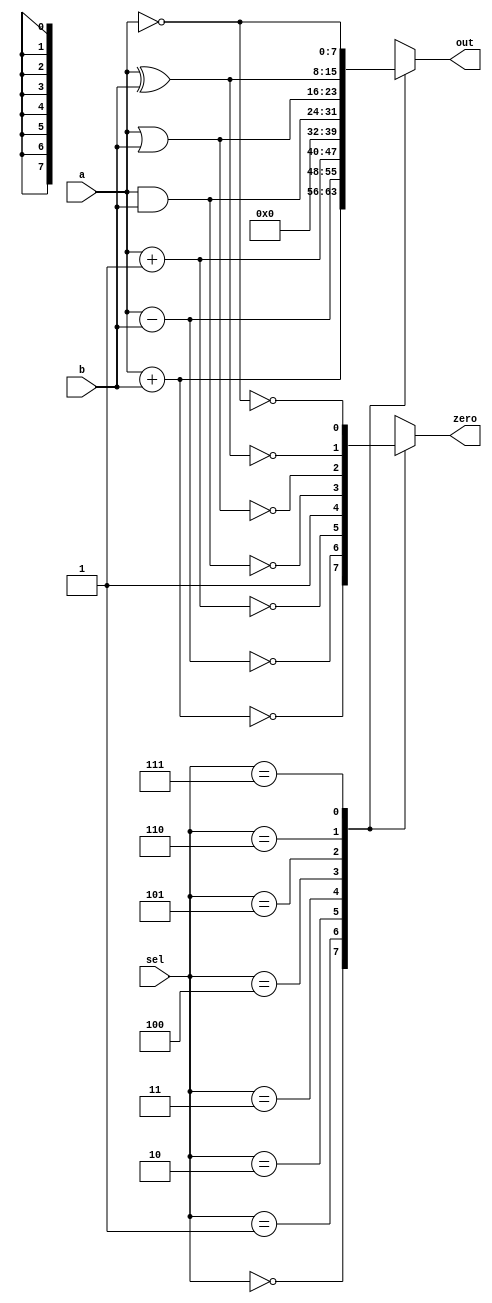
module alu (a,b,sel, out, zero);
    
input [7:0] a,b;
input [2:0] sel; 
output reg [7:0] out;
output reg zero;

  initial
  begin
  out = 0;
  zero =1'b0;
  end
    always @ (*) 
    begin 
        case(sel) 
    3'b000: 
	begin
		out=a + b; 
		zero = (out ==0);
    end                   
    3'b001:
	begin
		out= a - b; 
		zero = (out ==0); 
	end		
	 3'b010:
	begin
		out= a + 1; 
		zero = (out ==0); 
	end
	 3'b011:
	begin
		out= 0; 
		zero = 1; 
	end	
	 3'b100:
	begin
		out= a & b; 
		zero = (out ==0); 
	end		
	 3'b101:
	begin
		out= a | b; 
		zero = (out ==0); 
	end	
    3'b110: 
	begin
		out=a ^ b;  
		zero = (out ==0);
    end              
    3'b111: 
	begin
		out= ~a;  
		zero = (out ==0);
    end         
	default: begin
			out = 8'h00;
			zero = 1'b1;
			end
        endcase
    end
endmodule